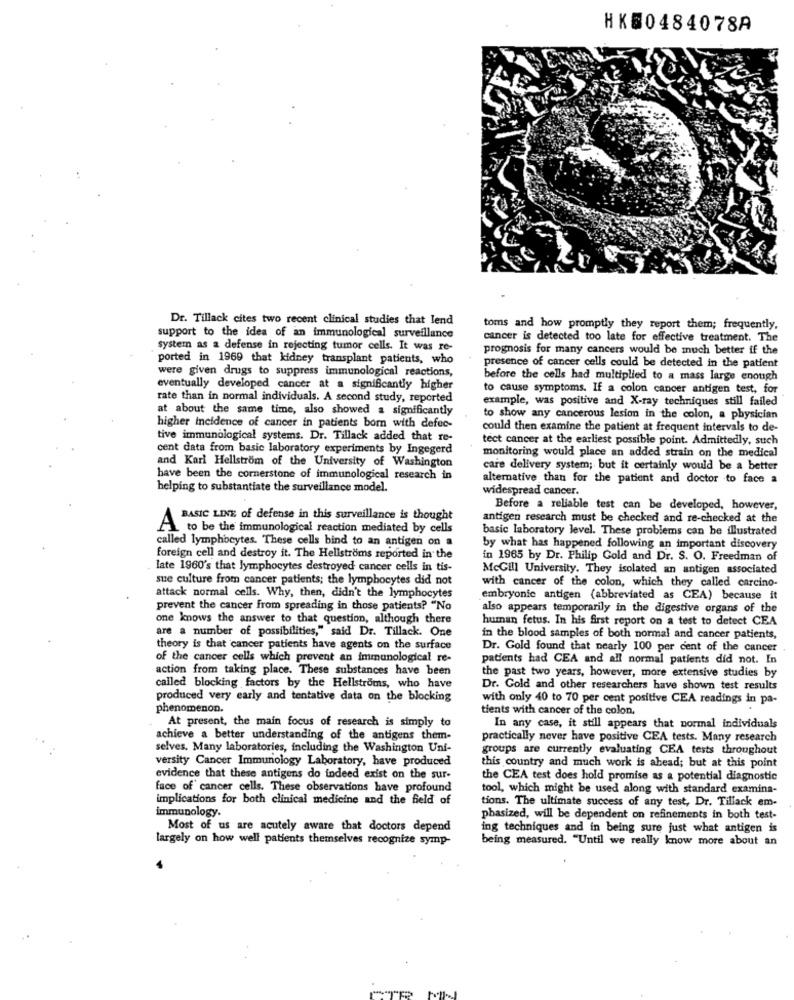
HK50484078A
Dr. Tillack cites two recent clinical studies that lend
toms and how promptly they report them; frequently,
support to the idea of an immunological surveillance
cancer is detected too late for effective treatment. The
system as a defense in rejecting tumor cells. It was re-
prognosis for many cancers would be much better if the
ported in 1969 that kidney transplant patients, who
were given drugs to suppress immunological reactions,
presence of cancer cells could be detected in the patient
before the cells had multiplied to a mass large enough
eventually developed cancer at a significantly higher
to cause symptoms. If a colon cancer antigen test, for
rate than in normal individuals. A second study, reported
example, was positive and X-ray techniques still failed
at about the same time, also showed a significantly
to show any cancerous lesion in the colon, a physician
higher incidence of cancer in patients born with defec-
could then examine the patient at frequent intervals to de-
tive immunological systems. Dr. Tillack added that re-
tect cancer at the earliest possible point. Admittedly, such
cent data from basic laboratory experiments by Ingegerd
monitoring would place an added strain on the medical
and Karl Hellstrom of the University of Washington
care delivery system; but it certainly would be a better
have been the cornerstone of immunological research in
alternative than for the patient and doctor to face a
helping to substantiate the surveillance model.
widespread cancer.
Before a reliable test can be developed, however,
BASIC LINE of defense in this surveillance is thought
antigen research must be checked and re-checked at the
A to be the immunological reaction mediated by cells
basic laboratory level. These problems can be illustrated
called lymphocytes. These cells bind to an antigen on a
by what has happened following an important discovery
foreign cell and destroy it. The Hellstroms reported in the
in 1965 by Dr. Philip Gold and Dr. S. O. Freedman of
late 1960's that lymphocytes destroyed cancer cells in tis-
McGill University. They isolated an antigen associated
sue culture from cancer patients; the lymphocytes did not
with cancer of the colon, which they called carcino-
attack normal cells. Why, then, didn't the lymphocytes
embryonic antigen (abbreviated as CEA) because it
prevent the cancer from spreading in those patients? "No
also appears temporarily in the digestive organs of the
one knows the answer to that question, although there
human fetus. In his first report on a test to detect CEA
are a number of possibilities," said Dr. Tillack. One
in the blood samples of both normal and cancer patients,
theory is that cancer patients have agents on the surface
Dr. Gold found that nearly 100 per cent of the cancer
of the cancer cells which prevent an immunological re-
patients had CEA and all normal patients did not. In
action from taking place. These substances have been
the past two years, however, more extensive studies by
called blocking factors by the Hellstroms, who have
Dr. Cold and other researchers have shown test results
produced very early and tentative data on the blocking
with only 40 to 70 per cent positive CEA readings in pa-
phenomenon.
tients with cancer of the colon.
At present, the main focus of research is simply to
In any case, it still appears that normal individuals
achieve a better understanding of the antigens them-
practically never have positive CEA tests. Many research
selves. Many laboratories, including the Washington Uni-
groups are currently evaluating CEA tests throughout
versity Cancer Immunology Laboratory, have produced
this country and much work is ahead; but at this point
evidence that these antigens do indeed exist on the sur-
the CEA test does hold promise as a potential diagnostic
face of cancer cells. These observations have profound
tool, which might be used along with standard examina-
implications for both clinical medicine and the field of
tions. The ultimate success of any test, Dr. Tillack em-
immunology.
phasized, will be dependent on refinements in both test-
Most of us are acutely aware that doctors depend
ing techniques and in being sure just what antigen is
largely on how well patients themselves recognize symp-
being measured. "Until we really know more about an